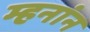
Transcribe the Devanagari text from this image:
म्हनांन